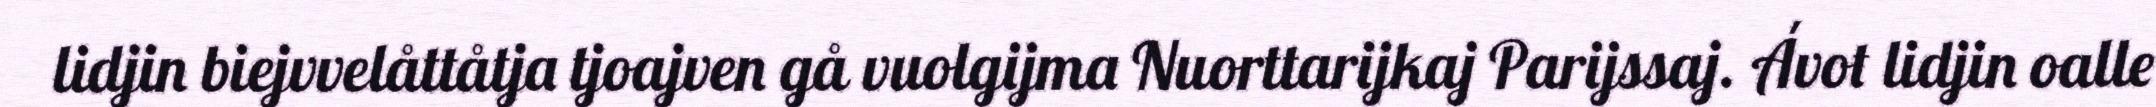
lidjin biejvvelåttåtja tjoajven gå vuolgijma Nuorttarijkaj Parijssaj. Ávot lidjin oalle